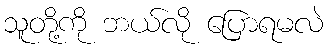
သူတို့ကို ဘယ်လို ပြောရမလဲ